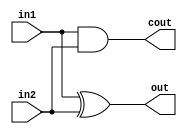
`timescale 1ns / 1ps

module HalfAdder (  //
    input  in1,
    input  in2,
    output out,
    output cout
);
  assign out  = in1 ^ in2;
  assign cout = in1 & in2;
endmodule